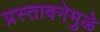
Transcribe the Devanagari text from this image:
प्रस्तावनेमुळे